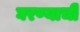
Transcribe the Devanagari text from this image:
घरण्याची